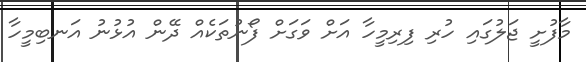
މާފުށީ ޖަލުގައި ހުރި ފިރިމީހާ އަށް ވަގަށް ފޯނުތަކެއް ދޭން އުޅުނު އަނބިމީހާ